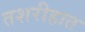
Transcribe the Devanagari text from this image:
तशरीहात